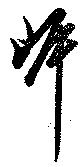
岸